Annual report on the health of the army in India
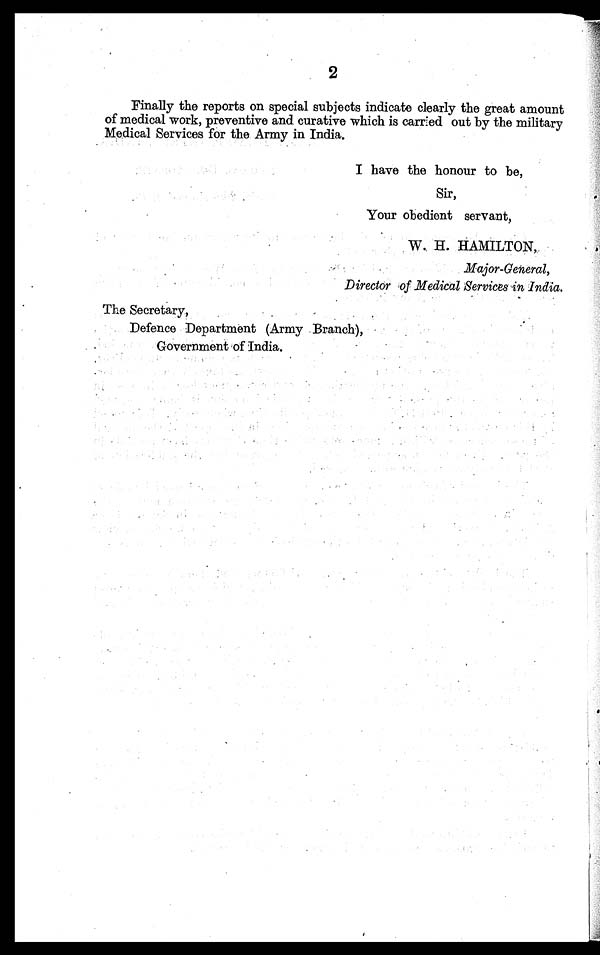
2
Finally the reports on special subjects indicate clearly the great amount
of medical work, preventive and curative which is carried out by the military
Medical Services for the Army in India.
I have the honour to be,
Sir,
Your obedient servant,
W. H. HAMILTON,
Major-General,
Director of Medical Services in India.
The Secretary,
Defence Department (Army Branch),
Government of India.